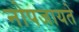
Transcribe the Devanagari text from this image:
नोपजायते